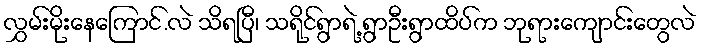
လွှမ်းမိုးနေကြောင်.လဲ သိရပြီ၊ သရိုင်ရွာရဲ့ ရွာဦးရွာထိပ်က ဘုရားကျောင်းတွေလဲ